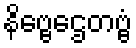
နိဗ္ဗေဌေတဗ္ဗံ